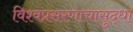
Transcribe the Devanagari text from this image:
विश्वप्रसरणाचासुद्धा